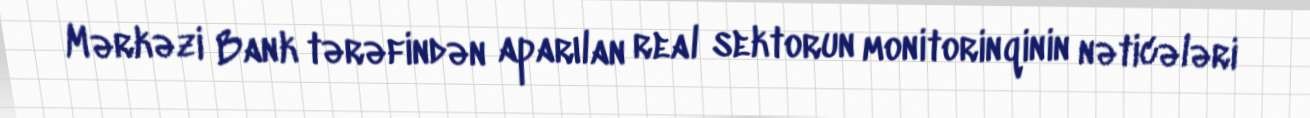
Mərkəzi Bank tərəfindən aparılan real sektorun monitorinqinin nəticələri